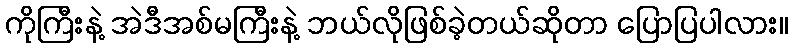
ကိုကြီးနဲ့ အဲဒီအစ်မကြီးနဲ့ ဘယ်လိုဖြစ်ခဲ့တယ်ဆိုတာ ပြောပြပါလား။